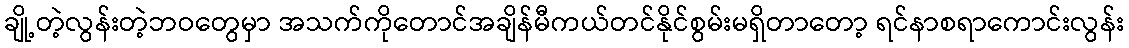
ချို့တဲ့လွန်းတဲ့ဘဝတွေမှာ အသက်ကိုတောင်အချိန်မီကယ်တင်နိုင်စွမ်းမရှိတာတော့ ရင်နာစရာကောင်းလွန်း